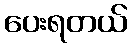
ပေးရတယ်